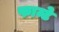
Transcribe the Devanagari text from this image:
फान्टे